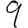
Digit: 9